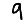
Digit: 9